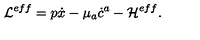
{ \cal { L } } ^ { e f f } = p \dot { x } - \mu _ { a } \dot { c } ^ { a } - { \cal H } ^ { e f f } .